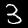
Digit: 3